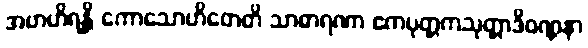
အဗာဟိရန္တိ ကောသောဟိတေတိ သာဓာရဏာ ဧကပုတ္တကသုတ္တာဒိဝဏ္ဏနာ